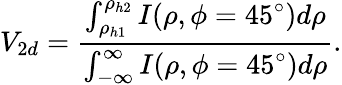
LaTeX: V_{2d}=\frac{\int_{\rho_{h1}}^{\rho_{h2}}I(\rho,\phi=45^{\circ})d\rho}{\int_{-\infty}^{\infty}I(\rho,\phi=45^{\circ})d\rho}.